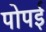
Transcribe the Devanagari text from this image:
पोपई